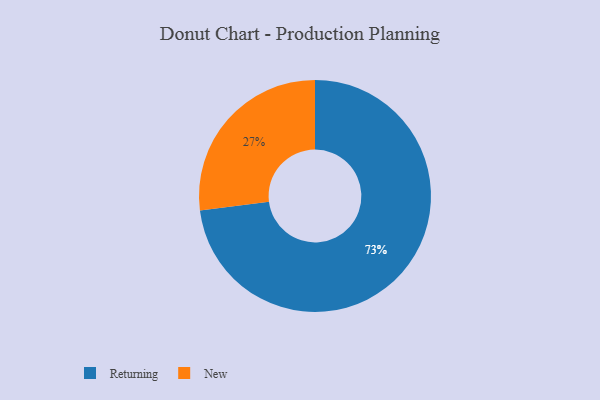
{"axis": {"x": "Category", "y": "Percentage"}, "legend": ["New", "Returning"], "data": [{"x": "New", "y": 27, "type": "New"}, {"x": "Returning", "y": 73, "type": "Returning"}]}